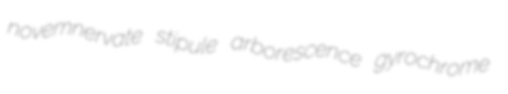
novemnervate stipule arborescence gyrochrome